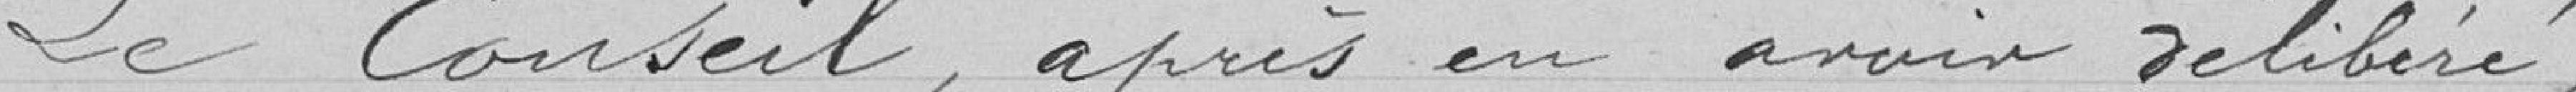
Le Conseil, après en avoir délibéré,